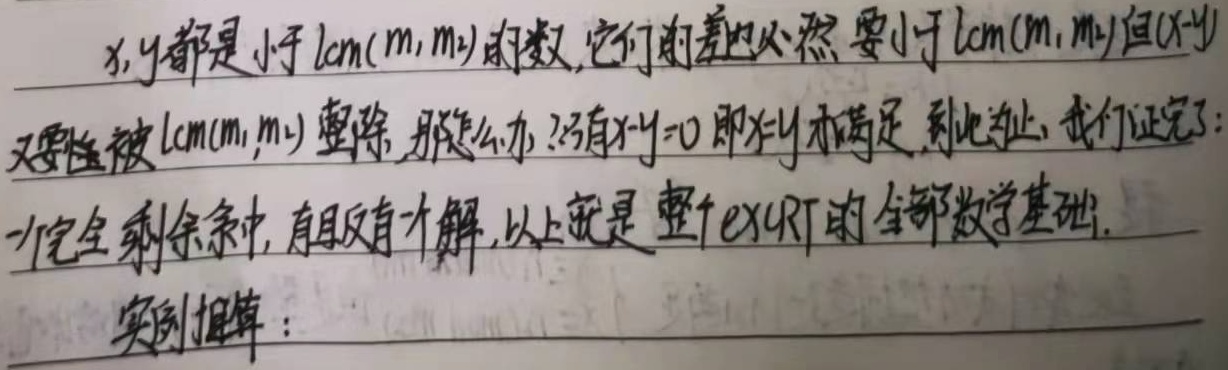
\(x,y\)都是小于\(\text{lcm}(m_1,m_2)\)的数，它们的差也必然要小于\(\text{lcm}(m_1,m_2)\)。但\((x - y)\)又要被\(\text{lcm}(m_1,m_2)\)整除，那怎么办？只有\(x - y = 0\)即\(x = y\)才满足。到此为止，我们证完了：一个完全剩余系中，有且仅有一解，以上就是整个\(\text{exgcd}\)的全部数学基础。实例推算：